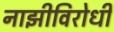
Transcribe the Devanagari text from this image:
नाझीविरोधी